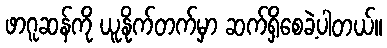
ဖာဂူဆန်ကို ယူနိုက်တက်မှာ ဆက်ရှိစေခဲ့ပါတယ်။